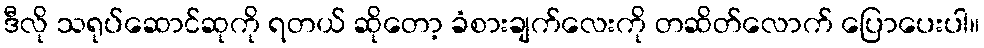
ဒီလို သရုပ်ဆောင်ဆုကို ရတယ် ဆိုတော့ ခံစားချက်လေးကို တဆိတ်လောက် ပြောပေးပါ။